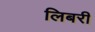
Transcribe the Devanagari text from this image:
लिबरी